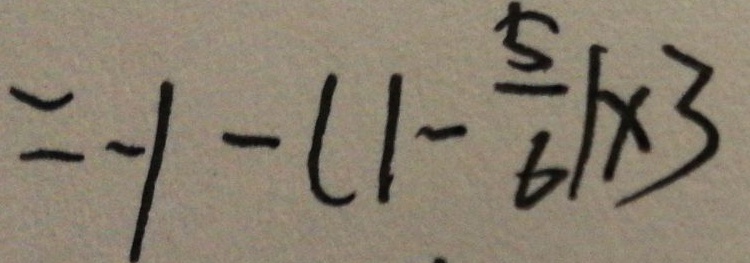
= - 1 - ( 1 - \frac { 5 } { 6 } ) \times 3